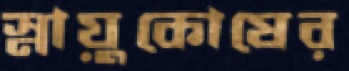
স্নায়ুকোষের